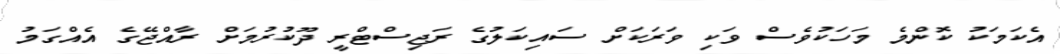
އެކަމަކު ކޮންމެ މަހަކުވެސް ވަކި ވަރަކަށް ސައިކަލުގެ ރަޖިސްޓްރީ ދޫކުރުމަށް ރާއްޖޭގެ އެއްގަމު